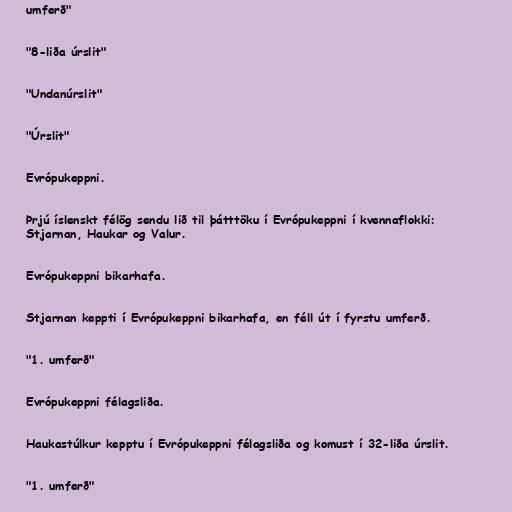
umferð"

"8-liða úrslit"

"Undanúrslit"

"Úrslit"

Evrópukeppni.

Þrjú íslenskt félög sendu lið til þátttöku í Evrópukeppni í kvennaflokki:
Stjarnan, Haukar og Valur.

Evrópukeppni bikarhafa.

Stjarnan keppti í Evrópukeppni bikarhafa, en féll út í fyrstu umferð.

"1. umferð"

Evrópukeppni félagsliða.

Haukastúlkur kepptu í Evrópukeppni félagsliða og komust í 32-liða úrslit.

"1. umferð"